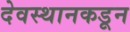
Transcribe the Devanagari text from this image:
देवस्थानकडून